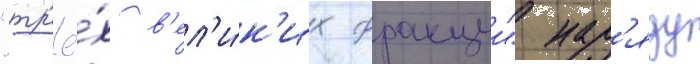
"тр'ё́х в'ел'и́к'их фракции" нар'яду